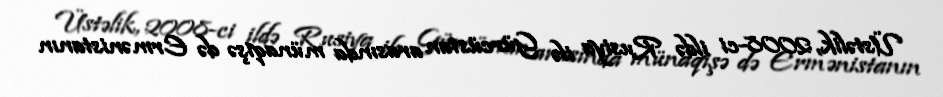
Üstəlik, 2008-ci ildə Rusiya ilə Gürcüstan arasında münaqişə də Ermənistanın